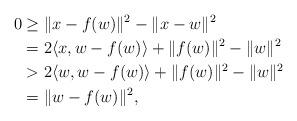
LaTeX: \begin{align*}0 &\geq \|x-f(w)\|^2-\|x-w\|^2\\ &= 2\langle x, w-f(w)\rangle +\|f(w)\|^2-\|w\|^2\\ &> 2\langle w, w-f(w)\rangle +\|f(w)\|^2-\|w\|^2\\ &= \|w-f(w)\|^2, \end{align*}